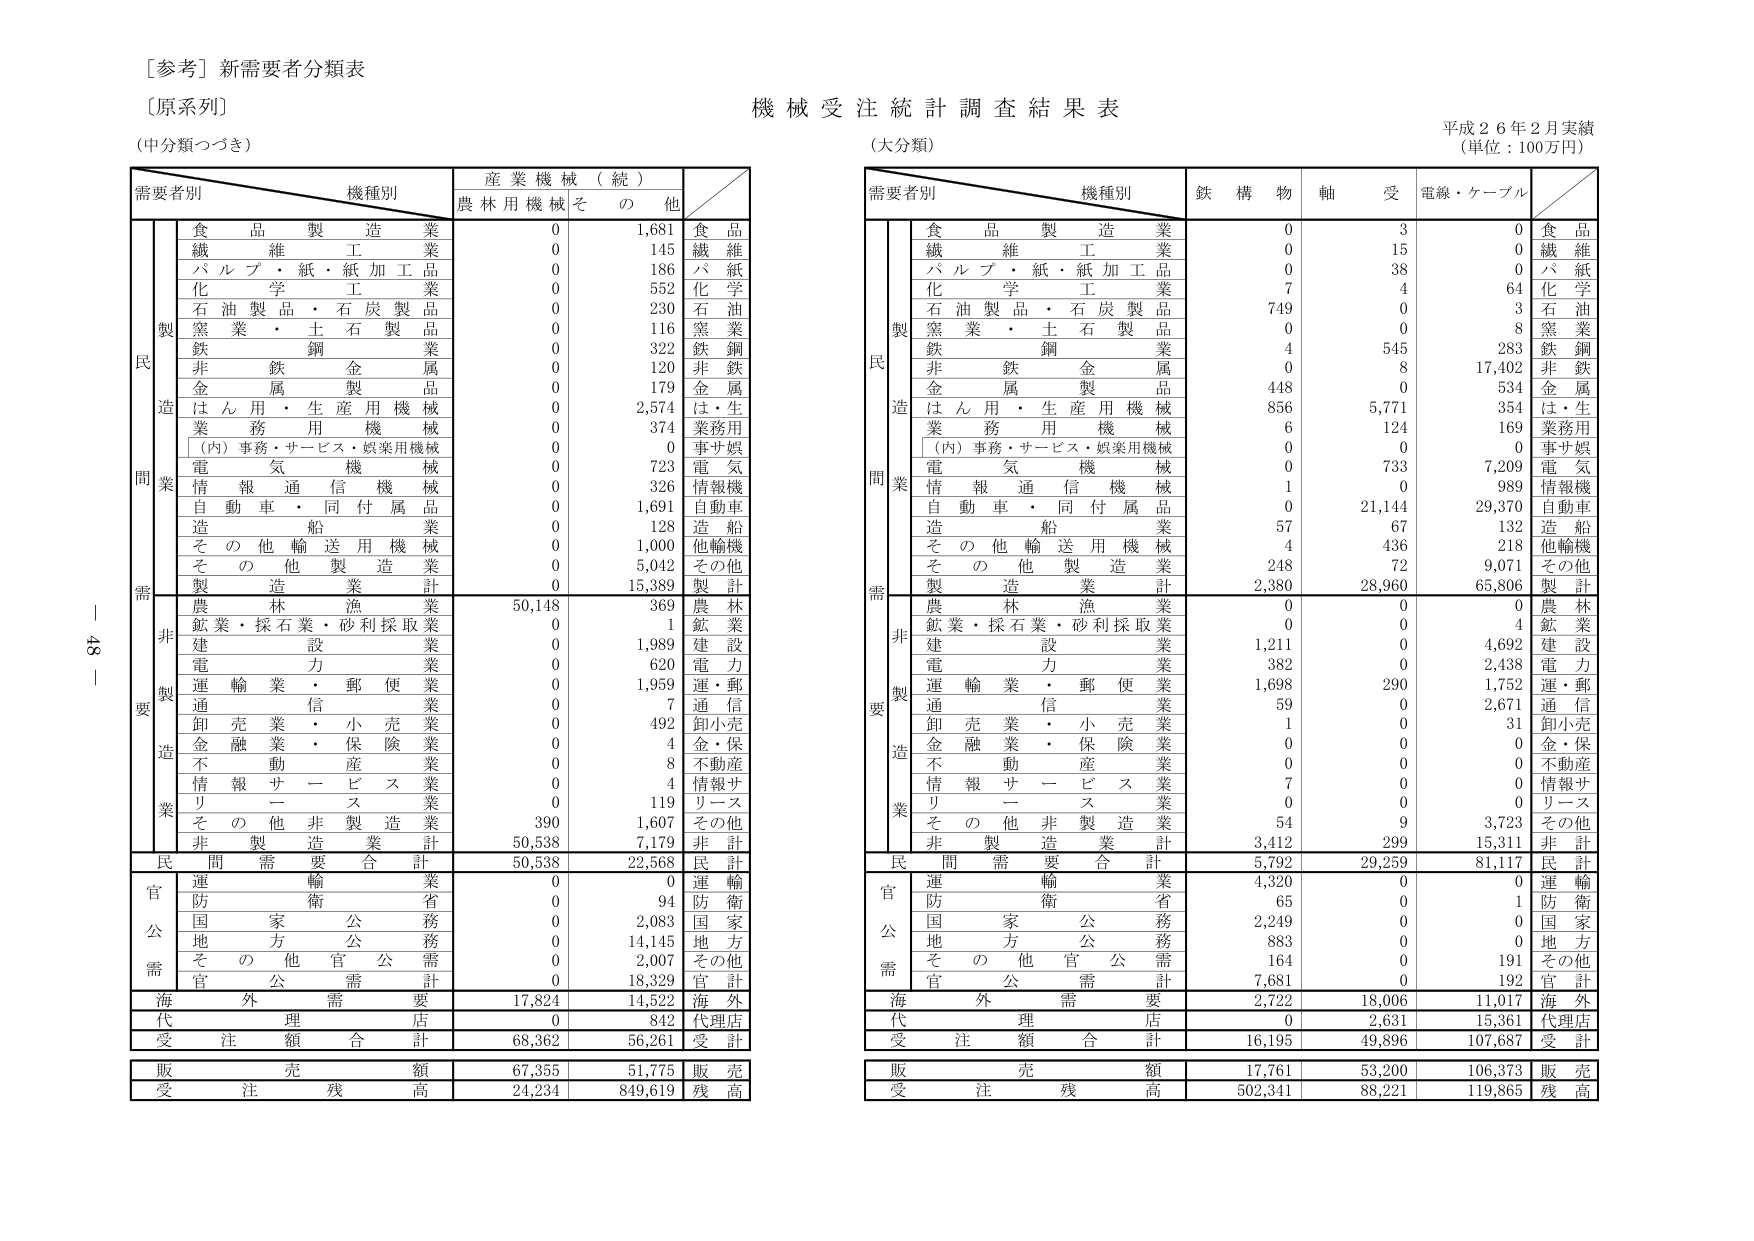
[参考] 新需要者分類表
〔原系列〕
(中分類つづき)

需要者別　　機種別　　　　　　産業機械（続）
　　　　　　　　　　　　　　農林用機械　その他

　　　　　　食品製造業　　　　　　0　　　1,681　　　　食品
　　　　　　繊維工業　　　　　　　0　　　　145　　　　繊維
　　　　　　パルプ・紙・紙加工品　0　　　　186　　　　パ紙
　　　　　　化学工業　　　　　　　0　　　　552　　　　化学
　　　　　　石油製品・石炭製品　　0　　　　230　　　　石油
　　　　　　窯業・土石製品　　　　0　　　　116　　　　窯業
　　　　　　鉄鋼業　　　　　　　　0　　　　322　　　　鉄鋼
　　　　　　非鉄金属業　　　　　　0　　　　120　　　　非鉄
　　　　　　金属製品業　　　　　　0　　　　179　　　　金属
　　　　　　はん用・生産用機械　　0　　　2,574　　　　は・生
　　　　　　業務用機械　　　　　　0　　　　374　　　　業務用
　　　　　　（内）事務・サービス・娯楽用機械　0　　　　0　　　　事サ娯
　　　　　　電気機械　　　　　　　0　　　　723　　　　電気
　　　　　　情報通信機械　　　　　0　　　　326　　　　情報機
　　　　　　自動車・同付属品　　　0　　　1,691　　　　自動車
　　　　　　造船業　　　　　　　　0　　　　128　　　　造船
　　　　　　その他輸送用機械　　　0　　　1,000　　　　他輸機
　　　　　　その他製造業　　　　　0　　　5,042　　　　その他
　　　　　　製造業計　　　　　　　0　　　15,389　　　　製計

　　　　　　農林漁業　　　　　　50,148　　　369　　　　農林
　　　　　　鉱業・採石業・砂利採取業　0　　　　1　　　　鉱業
　　　　　　建設業　　　　　　　0　　　1,989　　　　建設
　　　　　　電力業　　　　　　　0　　　　620　　　　電力
　　　　　　運輸業・郵便業　　　0　　　1,959　　　　運・郵
　　　　　　通信業　　　　　　　0　　　　7　　　　通信
　　　　　　卸売業・小売業　　　0　　　　492　　　　卸小売
　　　　　　金融業・保険業　　　0　　　　4　　　　金・保
　　　　　　不動産業　　　　　　0　　　　8　　　　不動産
　　　　　　情報サービス業　　　0　　　　4　　　　情報サ
　　　　　　リース業　　　　　　0　　　　119　　　　リース
　　　　　　その他非製造業　　　390　　　1,607　　　　その他
　　　　　　非製造業計　　　　50,538　　　7,179　　　　非計

　　　　　　民間需要合計　　　　50,538　　　22,568　　　　民計

　　　　　　運輸業　　　　　　　0　　　　0　　　　運輸
　　　　　　防衛省　　　　　　　0　　　　94　　　　防衛
　　　　　　国家公務　　　　　　0　　　2,083　　　　国家
　　　　　　地方公務　　　　　　0　　　14,145　　　　地方
　　　　　　その他官公需　　　　0　　　2,007　　　　その他
　　　　　　官公需計　　　　　　0　　　18,329　　　　官計

　　　　　　海外需要　　　　　17,824　　　14,522　　　　海外

　　　　　　代理店　　　　　　　0　　　　842　　　　代理店

　　　　　　受注額合計　　　　68,362　　　56,261　　　　受計

　　　　　　販売額　　　　　　67,355　　　51,775　　　　販売

　　　　　　受注残高　　　　24,234　　　849,619　　　　残高

機械受注統計調査結果表
（大分類）
平成26年2月実績
（単位：100万円）

需要者別　　機種別　　　　　　鉄構物　　軸受　　電線・ケーブル

　　　　　　食品製造業　　　　　　0　　　　3　　　　0　　　　食品
　　　　　　繊維工業　　　　　　　0　　　　15　　　　0　　　　繊維
　　　　　　パルプ・紙・紙加工品　0　　　　38　　　　0　　　　パ紙
　　　　　　化学工業　　　　　　　7　　　　4　　　　64　　　　化学
　　　　　　石油製品・石炭製品　　749　　　0　　　　3　　　　石油
　　　　　　窯業・土石製品　　　　0　　　　0　　　　8　　　　窯業
　　　　　　鉄鋼業　　　　　　　　4　　　545　　　283　　　鉄鋼
　　　　　　非鉄金属業　　　　　　0　　　　8　　　17,402　　　非鉄
　　　　　　金属製品業　　　　　448　　　0　　　　534　　　　金属
　　　　　　はん用・生産用機械　　856　　　5,771　　　354　　　は・生
　　　　　　業務用機械　　　　　　6　　　124　　　　169　　　業務用
　　　　　　（内）事務・サービス・娯楽用機械　0　　　0　　　　0　　　事サ娯
　　　　　　電気機械　　　　　　　0　　　733　　　7,209　　　電気
　　　　　　情報通信機械　　　　　1　　　0　　　　989　　　　情報機
　　　　　　自動車・同付属品　　　0　　　21,144　　　29,370　　　自動車
　　　　　　造船業　　　　　　　　57　　　67　　　　132　　　　造船
　　　　　　その他輸送用機械　　　4　　　436　　　218　　　　他輸機
　　　　　　その他製造業　　　　　248　　　72　　　9,071　　　その他
　　　　　　製造業計　　　　　　2,380　　　28,960　　　65,806　　　製計

　　　　　　農林漁業　　　　　　0　　　　0　　　　0　　　　農林
　　　　　　鉱業・採石業・砂利採取業　0　　　0　　　　4　　　　鉱業
　　　　　　建設業　　　　　　　1,211　　　0　　　4,692　　　建設
　　　　　　電力業　　　　　　　382　　　0　　　2,438　　　電力
　　　　　　運輸業・郵便業　　　1,698　　　290　　　1,752　　　運・郵
　　　　　　通信業　　　　　　　59　　　　0　　　2,671　　　通信
　　　　　　卸売業・小売業　　　1　　　　0　　　　31　　　　卸小売
　　　　　　金融業・保険業　　　0　　　　0　　　　0　　　　金・保
　　　　　　不動産業　　　　　　0　　　　0　　　　0　　　　不動産
　　　　　　情報サービス業　　　7　　　　0　　　　0　　　　情報サ
　　　　　　リース業　　　　　　0　　　　0　　　　0　　　　リース
　　　　　　その他非製造業　　　54　　　　9　　　3,723　　　その他
　　　　　　非製造業計　　　　3,412　　　299　　　15,311　　　非計

　　　　　　民間需要合計　　　　5,792　　　29,259　　　81,117　　　民計

　　　　　　運輸業　　　　　　　4,320　　　0　　　　0　　　　運輸
　　　　　　防衛省　　　　　　　65　　　　0　　　　1　　　　防衛
　　　　　　国家公務　　　　　　2,249　　　0　　　　0　　　　国家
　　　　　　地方公務　　　　　　883　　　　0　　　　0　　　　地方
　　　　　　その他官公需　　　　164　　　　0　　　　191　　　その他
　　　　　　官公需計　　　　　　7,681　　　0　　　　192　　　官計

　　　　　　海外需要　　　　　　2,722　　　18,006　　　11,017　　　海外

　　　　　　代理店　　　　　　　0　　　　2,631　　　15,361　　　代理店

　　　　　　受注額合計　　　　16,195　　　49,896　　　107,687　　　受計

　　　　　　販売額　　　　　　17,761　　　53,200　　　106,373　　　販売

　　　　　　受注残高　　　　502,341　　　88,221　　　119,865　　　残高

45